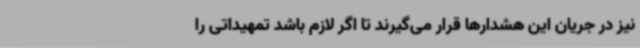
نیز در جریان این هشدارها قرار می‌گیرند تا اگر لازم باشد تمهیداتی را